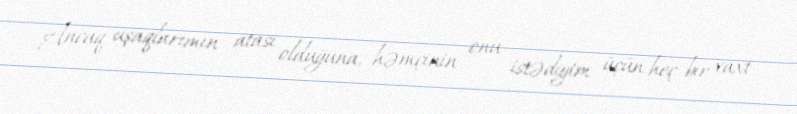
Ancaq uşaqlarımın atası olduğuna, həmçinin onu istədiyim üçün heç bir vaxt